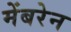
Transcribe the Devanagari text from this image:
मेंबरेन